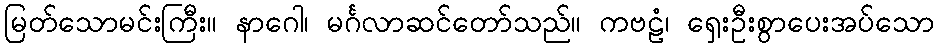
မြတ်သောမင်းကြီး။ နာဂေါ၊ မင်္ဂလာဆင်တော်သည်။ ကဗဠံ၊ ရှေးဦးစွာပေးအပ်သော